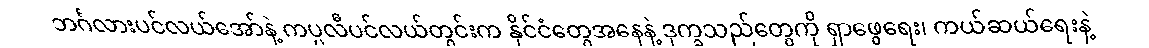
ဘင်္ဂလားပင်လယ်အော်နဲ့ ကပ္ပလီပင်လယ်တွင်းက နိုင်ငံတွေအနေနဲ့ ဒုက္ခသည်တွေကို ရှာဖွေရေး၊ ကယ်ဆယ်ရေးနဲ့